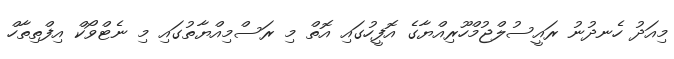
މިއަދު ހެނދުނު ރައީސުލްޖުމްހޫރިއްޔާގެ އޮފީހުގައި އޮތް މި ރަސްމިއްޔާތުގައި މި ނެޓްވޯކް އިފްތިތާހް